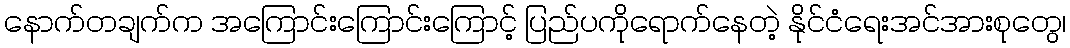
နောက်တချက်က အကြောင်းကြောင်းကြောင့် ပြည်ပကိုရောက်နေတဲ့ နိုင်ငံရေးအင်အားစုတွေ၊